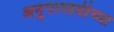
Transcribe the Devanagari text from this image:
अनुपल्लवीच्या